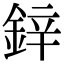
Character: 鋅